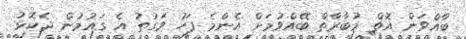
ބާއްވަން އޮތް މުބާރާތް ބޭއްވުމަށް އެންމެ ފަހު ވަގުތު އެ ގައުމުން ދެކޮޅު